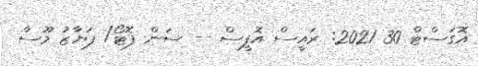
އޮގަސްޓް 30 2021: ރައީސް އޮފީސް -- ސަން ފޮޓޯ/ ފަޔާޒު މޫސާ